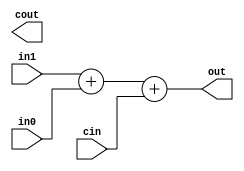
module adder (in1, in0, cin, cout, out);
	input	[15:0]	in1;
	input	[15:0]	in0;
	input			cin;
	output	[15:0]	out;
	output			cout;

	assign	{carry, out} = in1 + in0 + cin;
endmodule